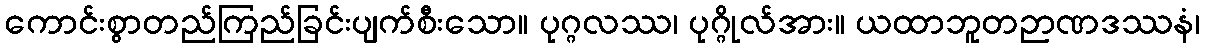
ကောင်းစွာတည်ကြည်ခြင်းပျက်စီးသော။ ပုဂ္ဂလဿ၊ ပုဂ္ဂိုလ်အား။ ယထာဘူတဉာဏဒဿနံ၊